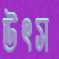
উৎস